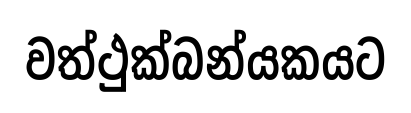
වත්ථුක්බන්යකයට